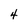
Character: 4